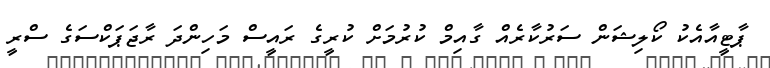
ޕާޓީއާއެކު ކޯލިޝަން ސަރުކާރެއް ގާއިމް ކުރުމަށް ކުރީގެ ރައީސް މަހިންދަ ރާޖަޕަކްސަގެ ސްރީ